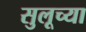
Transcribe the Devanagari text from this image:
सुलूच्या